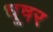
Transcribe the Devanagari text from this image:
धूषर